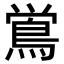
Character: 鴬